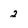
Character: 2